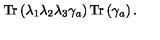
\mathrm { T r } \left( \lambda _ { 1 } \lambda _ { 2 } \lambda _ { 3 } \gamma _ { a } \right) \mathrm { T r } \left( \gamma _ { a } \right) .